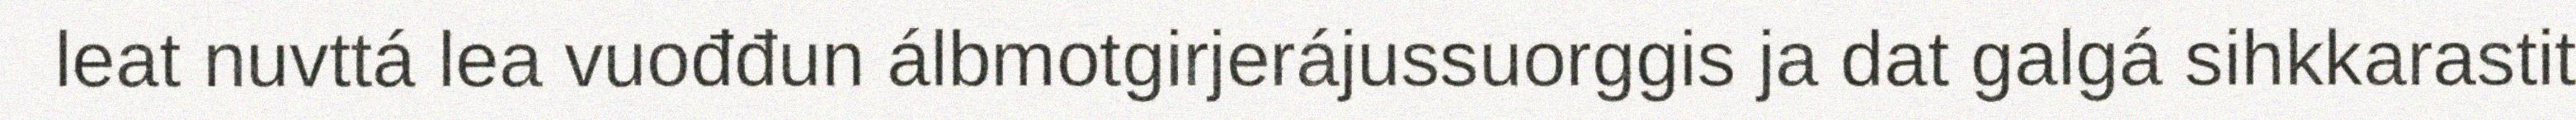
leat nuvttá lea vuođđun álbmotgirjerájussuorggis ja dat galgá sihkkarastit